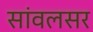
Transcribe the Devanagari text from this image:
सांवलसर